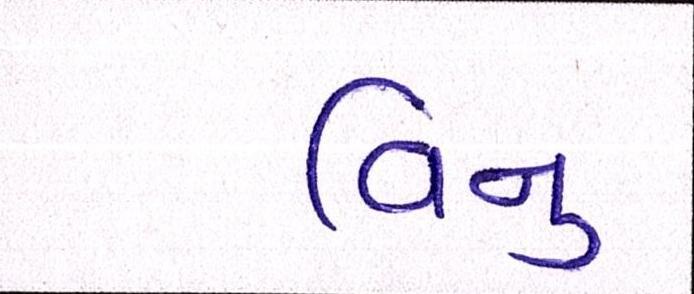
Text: વિનુ